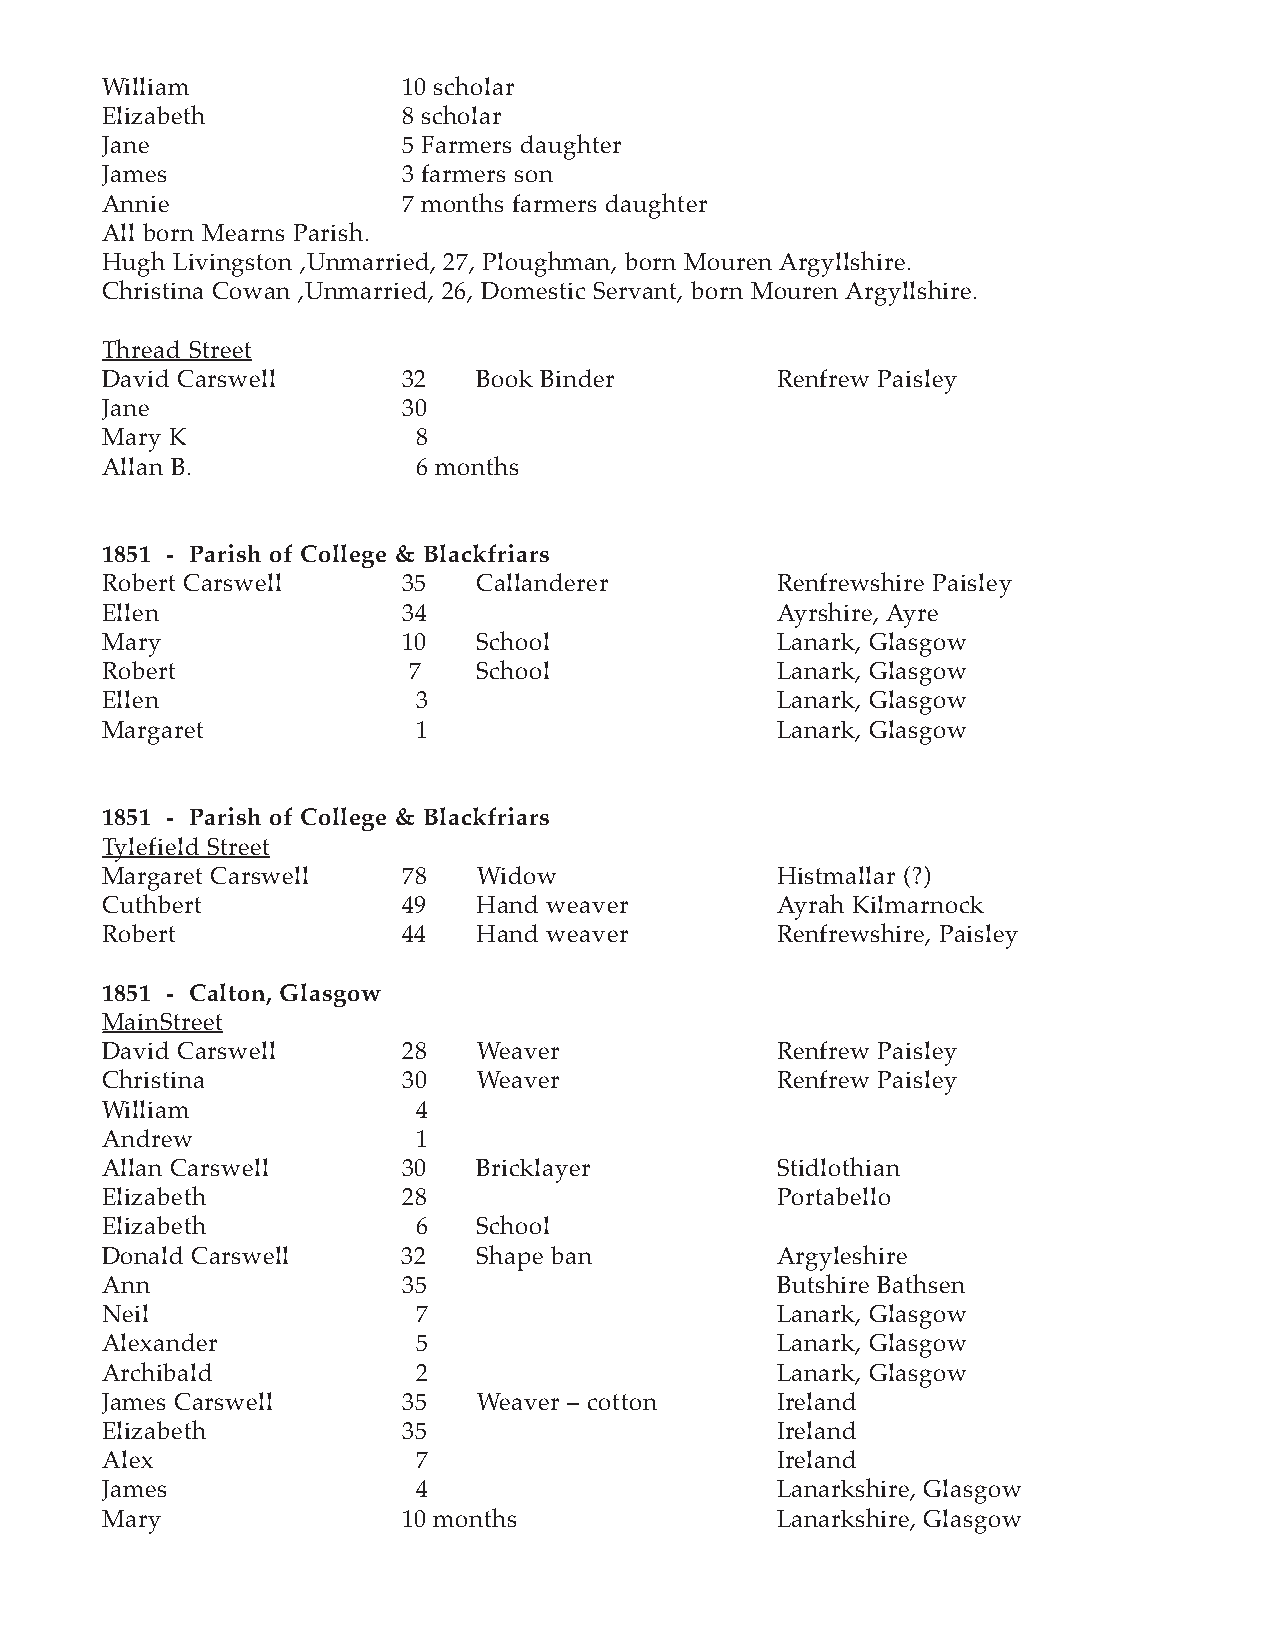
William             10 scholar
 Elizabeth           8 scholar
 Jane                5 Farmers daughter
 James               3 farmers son
 Annie               7 months farmers daughter
 All born Mearns Parish.
 Hugh Livingston ,Unmarried, 27, Ploughman, born Mouren Argyllshire.
 Christina Cowan ,Unmarried, 26, Domestic Servant, born Mouren Argyllshire.
 Thread Street
 David Carswell      32   Book Binder        Renfrew Paisley
 Jane                30
 Mary K               8
 Allan B.             6 months
 1851 - Parish of College & Blackfriars
 Robert Carswell     35   Callanderer        Renfrewshire Paisley
 Ellen               34                      Ayrshire, Ayre
 Mary                10   School             Lanark, Glasgow
 Robert              7    School             Lanark, Glasgow
 Ellen                3                      Lanark, Glasgow
 Margaret             1                      Lanark, Glasgow
 1851 - Parish of College & Blackfriars
 Tylefield Street
 Margaret Carswell   78   Widow              Histmallar (?)
 Cuthbert            49   Hand weaver        Ayrah Kilmarnock
 Robert              44   Hand weaver        Renfrewshire, Paisley
 1851 - Calton, Glasgow
 MainStreet
 David Carswell      28   Weaver             Renfrew Paisley
 Christina           30   Weaver             Renfrew Paisley
 William              4
 Andrew               1
 Allan Carswell      30   Bricklayer         Stidlothian
 Elizabeth           28                      Portabello
 Elizabeth            6   School
 Donald Carswell     32   Shape ban          Argyleshire
 Ann                 35                      Butshire Bathsen
 Neil                 7                      Lanark, Glasgow
 Alexander            5                      Lanark, Glasgow
 Archibald            2                      Lanark, Glasgow
 James Carswell      35   Weaver – cotton    Ireland
 Elizabeth           35                      Ireland
 Alex                 7                      Ireland
 James                4                      Lanarkshire, Glasgow
 Mary                10 months               Lanarkshire, Glasgow